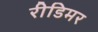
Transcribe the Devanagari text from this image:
रीडिमर